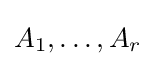
A_{1},\dots ,A_{r}